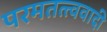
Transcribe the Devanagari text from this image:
परमतत्त्ववादी